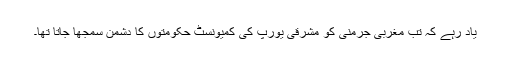
یاد رہے کہ تب مغربی جرمنی کو مشرقی یورپ کی کمیونسٹ حکومتوں کا دشمن سمجھا جاتا تھا۔